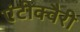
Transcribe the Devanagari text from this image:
एंटीक्वैरी